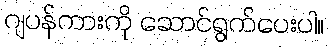
ဂျပန်ကားကို ဆောင်ရွက်ပေးပါ။